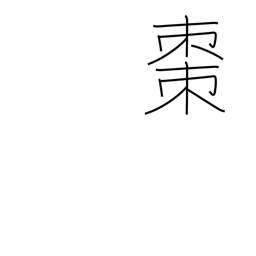
Meaning: jujube